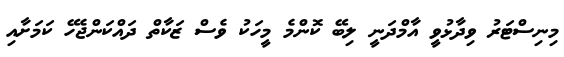
މިނިސްޓަރު ވިދާޅުވީ އާމްދަނީ ލިބޭ ކޮންމެ މީހަކު ވެސް ޒަކާތް ދައްކަންޖެހޭ ކަމަށާއި